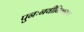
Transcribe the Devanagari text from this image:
पुनःनवीनिकरण